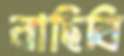
বাছিবি